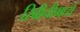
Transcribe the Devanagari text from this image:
रिबीनीमध्ये